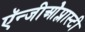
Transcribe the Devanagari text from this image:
ऍन्जीओेप्लास्टी